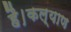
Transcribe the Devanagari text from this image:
है।कल्याण